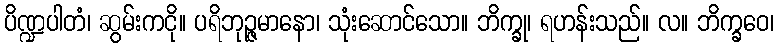
ပိဏ္ဍပါတံ၊ ဆွမ်းကငို။ ပရိဘုဉ္ဇမာနော၊ သုံးဆောင်သော။ ဘိက္ခု၊ ရဟန်းသည်။ လ။ ဘိက္ခဝေ၊